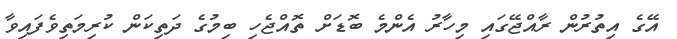
އޭގެ އިތުރުން ރާއްޖޭގައި މިހާރު އެންމެ ބޮޑަށް ތޮއްޖެހި ބިމުގެ ދަތިކަން ކުރިމަތިވެފައިވާ